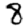
Digit: 8